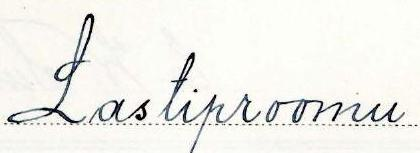
Lastiproomu